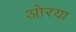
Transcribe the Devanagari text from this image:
ओरया